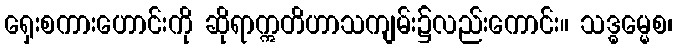
ရှေးစကားဟောင်းကို ဆိုရာဣတိဟာသကျမ်း၌လည်းကောင်း။ သဒ္ဓမ္မေစ၊